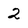
Character: 2